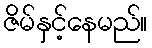
ဇိမ်နှင့်နေမည်။